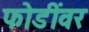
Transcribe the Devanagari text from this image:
फोडींवर